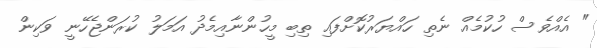
" އެއްވެސް ހުކުމެއް ނެތި ހައްޔަރުކޮށްފައި ތިބި މީހުންނާއިމެދު އަމަލު ކުރަންޖެހޭނީ ވަކިން